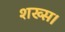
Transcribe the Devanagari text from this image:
शख्स।